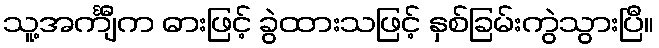
သူ့အင်္ကျီက ဓားဖြင့် ခွဲထားသဖြင့် နှစ်ခြမ်းကွဲသွားပြီ။